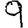
Digit: 9